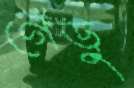
গেঁড়ু